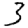
Digit: 3